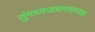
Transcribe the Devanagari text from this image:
तुंगध्वजधनसम्पन्न